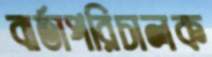
বার্তাপরিচালক